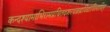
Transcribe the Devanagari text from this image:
कन्दश्यामाभिरामप्रथितदशरथब्रह्मविद्याविलासिन्